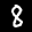
Label: 8